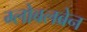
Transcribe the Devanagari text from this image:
ग्लोबलब्रेन